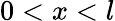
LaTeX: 0<x<l